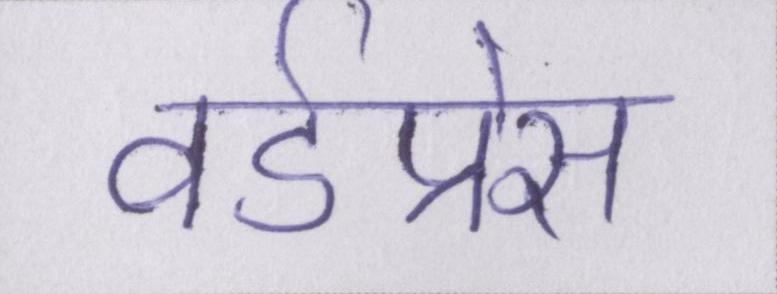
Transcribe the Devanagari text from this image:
वर्डप्रेस